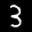
Label: 3